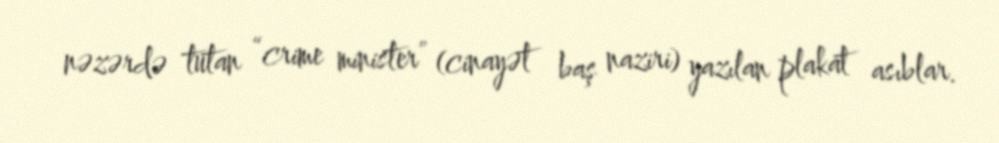
nəzərdə tutan “crime minister” (cinayət baş naziri) yazılan plakat asıblar.